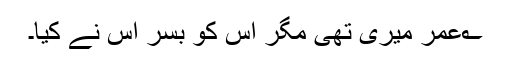
؎عمر میری تھی مگر اس کو بسر اس نے کیا۔